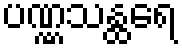
ပဏ္ဏသန္ထရေ